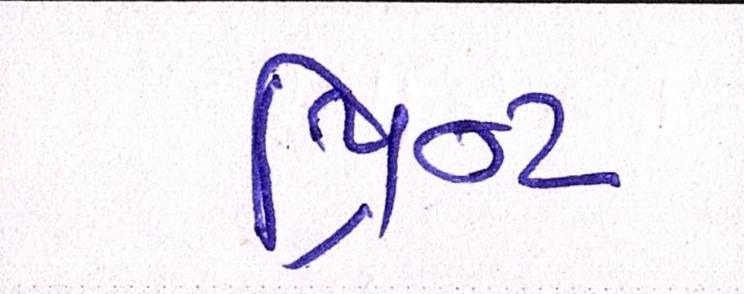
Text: પ્રિન્ટ